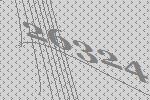
26324